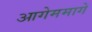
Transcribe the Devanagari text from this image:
आगेममागे